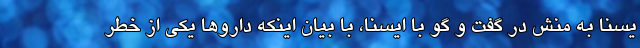
یسنا به منش در گفت و گو با ایسنا، با بیان اینکه داروها یکی از خطر